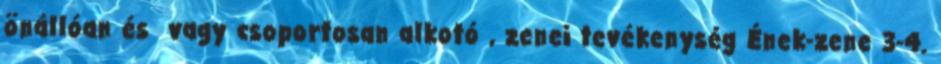
önállóan és vagy csoportosan alkotó , zenei tevékenység Ének-zene 3-4.